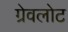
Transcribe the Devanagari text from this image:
ग्रेवलोट